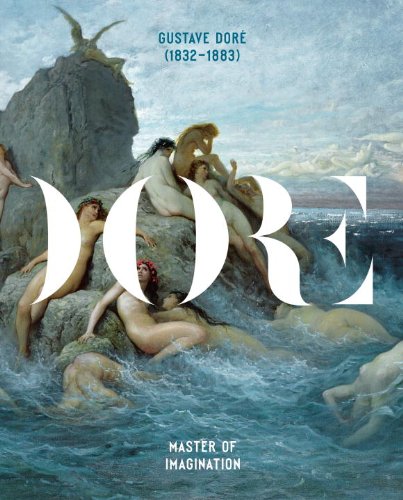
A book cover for Gustave Dore 1832-1883: Master of Imagination; Arts & Photography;